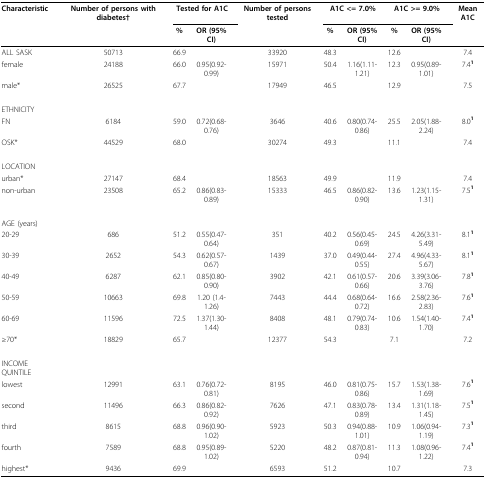
<table><thead><tr><td><b>Characteristic</b></td><td><b>Number of persons with diabetes†</b></td><td colspan="2"><b>Tested for A1C</b></td><td><b>Number of persons tested</b></td><td colspan="2"><b>A1C &lt;= 7.0%</b></td><td colspan="2"><b>A1C &gt;= 9.0%</b></td><td><b>Mean A1C</b></td></tr><tr><td></td><td></td><td><b>%</b></td><td><b>OR (95% CI)</b></td><td></td><td><b>%</b></td><td><b>OR (95% CI)</b></td><td><b>%</b></td><td><b>OR (95% CI)</b></td><td></td></tr></thead><tbody><tr><td>ALL SASK</td><td>50713</td><td>66.9</td><td></td><td>33920</td><td>48.3</td><td></td><td>12.6</td><td></td><td>7.4</td></tr><tr><td>female</td><td>24188</td><td>66.0</td><td>0.95(0.92-0.99)</td><td>15971</td><td>50.4</td><td>1.16(1.11-1.21)</td><td>12.3</td><td>0.95(0.89-1.01)</td><td>7.4<sup><b>1</b></sup></td></tr><tr><td>male*</td><td>26525</td><td>67.7</td><td></td><td>17949</td><td>46.5</td><td></td><td>12.9</td><td></td><td>7.5</td></tr><tr><td>ETHNICITY</td><td></td><td></td><td></td><td></td><td></td><td></td><td></td><td></td><td></td></tr><tr><td>FN</td><td>6184</td><td>59.0</td><td>0.72(0.68-0.76)</td><td>3646</td><td>40.6</td><td>0.80(0.74-0.86)</td><td>25.5</td><td>2.05(1.88-2.24)</td><td>8.0<sup><b>1</b></sup></td></tr><tr><td>OSK*</td><td>44529</td><td>68.0</td><td></td><td>30274</td><td>49.3</td><td></td><td>11.1</td><td></td><td>7.4</td></tr><tr><td>LOCATION</td><td></td><td></td><td></td><td></td><td></td><td></td><td></td><td></td><td></td></tr><tr><td>urban*</td><td>27147</td><td>68.4</td><td></td><td>18563</td><td>49.9</td><td></td><td>11.9</td><td></td><td>7.4</td></tr><tr><td>non-urban</td><td>23508</td><td>65.2</td><td>0.86(0.83-0.89)</td><td>15333</td><td>46.5</td><td>0.86(0.82-0.90)</td><td>13.6</td><td>1.23(1.15-1.31)</td><td>7.5<sup><b>1</b></sup></td></tr><tr><td>AGE (years)</td><td></td><td></td><td></td><td></td><td></td><td></td><td></td><td></td><td></td></tr><tr><td>20-29</td><td>686</td><td>51.2</td><td>0.55(0.47-0.64)</td><td>351</td><td>40.2</td><td>0.56(0.45-0.69)</td><td>24.5</td><td>4.26(3.31-5.49)</td><td>8.1<sup><b>1</b></sup></td></tr><tr><td>30-39</td><td>2652</td><td>54.3</td><td>0.62(0.57-0.67)</td><td>1439</td><td>37.0</td><td>0.49(0.44-0.55)</td><td>27.4</td><td>4.96(4.33-5.67)</td><td>8.1<sup><b>1</b></sup></td></tr><tr><td>40-49</td><td>6287</td><td>62.1</td><td>0.85(0.80-0.90)</td><td>3902</td><td>42.1</td><td>0.61(0.57-0.66)</td><td>20.6</td><td>3.39(3.06-3.76)</td><td>7.8<sup><b>1</b></sup></td></tr><tr><td>50-59</td><td>10663</td><td>69.8</td><td>1.20 (1.4-1.26)</td><td>7443</td><td>44.4</td><td>0.68(0.64-0.72)</td><td>16.6</td><td>2.58(2.36-2.83)</td><td>7.6<sup><b>1</b></sup></td></tr><tr><td>60-69</td><td>11596</td><td>72.5</td><td>1.37(1.30-1.44)</td><td>8408</td><td>48.1</td><td>0.79(0.74-0.83)</td><td>10.6</td><td>1.54(1.40-1.70)</td><td>7.4<sup><b>1</b></sup></td></tr><tr><td>≥70*</td><td>18829</td><td>65.7</td><td></td><td>12377</td><td>54.3</td><td></td><td>7.1</td><td></td><td>7.2</td></tr><tr><td>INCOME QUINTILE</td><td></td><td></td><td></td><td></td><td></td><td></td><td></td><td></td><td></td></tr><tr><td>lowest</td><td>12991</td><td>63.1</td><td>0.76(0.72-0.81)</td><td>8195</td><td>46.0</td><td>0.81(0.75-0.86)</td><td>15.7</td><td>1.53(1.38-1.69)</td><td>7.6<sup><b>1</b></sup></td></tr><tr><td>second</td><td>11496</td><td>66.3</td><td>0.86(0.82-0.92)</td><td>7626</td><td>47.1</td><td>0.83(0.78-0.89)</td><td>13.4</td><td>1.31(1.18-1.45)</td><td>7.5<sup><b>1</b></sup></td></tr><tr><td>third</td><td>8615</td><td>68.8</td><td>0.96(0.90-1.02)</td><td>5923</td><td>50.3</td><td>0.94(0.88-1.01)</td><td>10.9</td><td>1.06(0.94-1.19)</td><td>7.3<sup><b>1</b></sup></td></tr><tr><td>fourth</td><td>7589</td><td>68.8</td><td>0.95(0.89-1.02)</td><td>5220</td><td>48.2</td><td>0.87(0.81-0.94)</td><td>11.3</td><td>1.08(0.96-1.22)</td><td>7.4<sup><b>1</b></sup></td></tr><tr><td>highest*</td><td>9436</td><td>69.9</td><td></td><td>6593</td><td>51.2</td><td></td><td>10.7</td><td></td><td>7.3</td></tr></tbody></table>